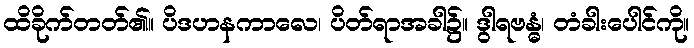
ထိခိုက်တတ်၏။ ပိဒဟနကာလေ၊ ပိတ်ရာအခါ၌။ ဒွါရဗန္ဓံ၊ တံခါးပေါင်ကို။